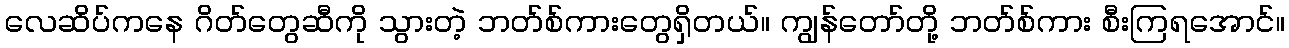
လေဆိပ်ကနေ ဂိတ်တွေဆီကို သွားတဲ့ ဘတ်စ်ကားတွေရှိတယ်။ ကျွန်တော်တို့ ဘတ်စ်ကား စီးကြရအောင်။